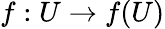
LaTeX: f:U\to f(U)